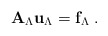
\begin{align*}\mathbf{A}_\Lambda \mathbf{u}_\Lambda = \mathbf{f}_\Lambda \;. \end{align*}